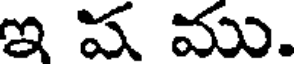
ఇ ష ము.